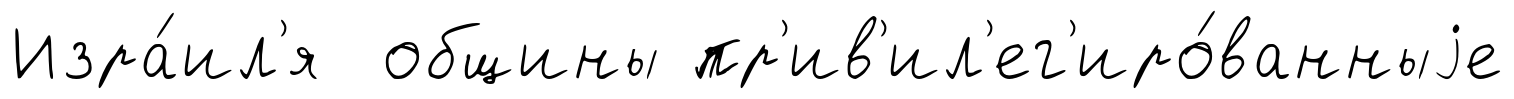
Изра́ил'я общины пр'ив'ил'ег'иро́ванныjе